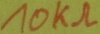
Text: 10KΩ